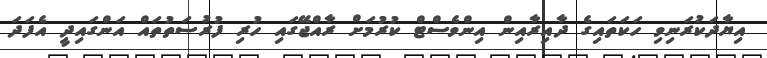
އިޔާދަކުރަނިވި ހަކަތައިގެ ދާއިރާއިން އިންވެސްޓް ކުރުމަށް ރާއްޖޭގައި ހުރި ފުރުސަތުތައް އަންގައިދީ އެފަދަ